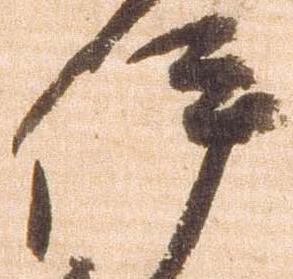
伊